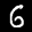
Label: 6